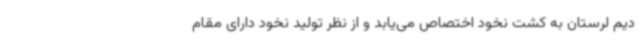
دیم لرستان به کشت نخود اختصاص می‌یابد و از نظر تولید نخود دارای مقام